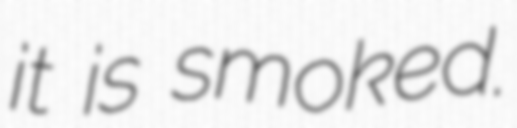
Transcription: it is smoked.